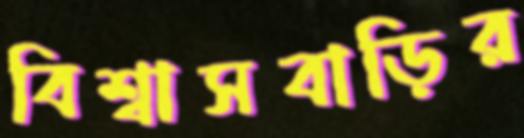
বিশ্বাসবাড়ির